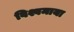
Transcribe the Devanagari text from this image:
विश्वमाया